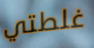
غلطتي